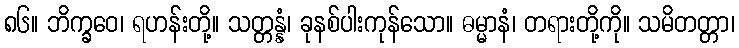
၈၆။ ဘိက္ခဝေ၊ ရဟန်းတို့။ သတ္တန္နံ၊ ခုနစ်ပါးကုန်သော။ ဓမ္မာနံ၊ တရားတို့ကို။ သမိတတ္တာ၊